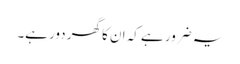
یہ ضرور ہے کہ ان کا گھر دور ہے۔